Source: Handwritten
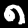
Digit: ၈ (8)